Vaccine operations Central Provinces 1886-1899 - 1886-1899
Year: 1886
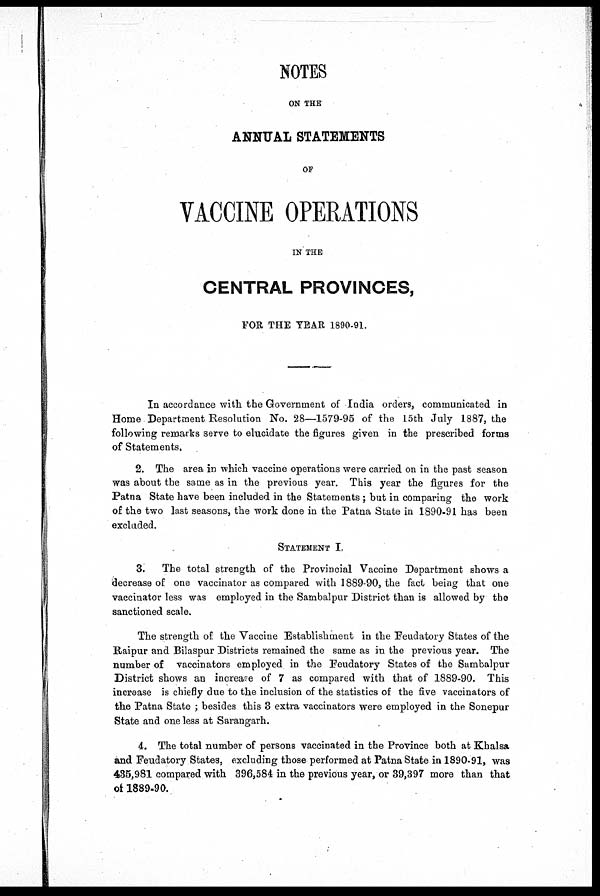
NOTES
ON THE
ANNUAL STATEMENTS
OF
VACCINE OPERATIONS
IN THE
CENTRAL PROVINCES,
FOR THE YEAR 1890-91.
In accordance with the Government of India orders, communicated in
Home Department Resolution No. 28—1579-95 of the 15th July 1887, the
following remarks serve to elucidate the figures given in the prescribed forms
of Statements.
2. The area in which vaccine operations were carried on in the past season
was about the same as in the previous year. This year the figures for the
Patna State have been included in the Statements; but in comparing the work
of the two last seasons, the work done in the Patna State in 1890-91 has been
excluded.
STATEMENT I.
3.
The total strength of the Provincial Vaccine Department shows a
decrease of one vaccinator as compared with 1889-90, the fact being that one
vaccinator less was employed in the Sambalpur District than is allowed by the
sanctioned scale.
The strength of the Vaccine Establishment in the Feudatory States of the
Raipur and Bilaspur Districts remained the same as in the previous year. The
number of vaccinators employed in the Feudatory States of the Sambalpur
District shows an increase of 7 as compared with that of 1889-90. This
increase is chiefly due to the inclusion of the statistics of the five vaccinators of
the Patna State ; besides this 3 extra vaccinators were employed in the Sonepur
State and one less at Sarangarh.
4. The total number of persons vaccinated in the Province both at Khalsa
and Feudatory States, excluding those performed at Patna State in 1890-91, was
435,981 compared with 396,584 in the previous year, or 39,397 more than that
of 1889-90.